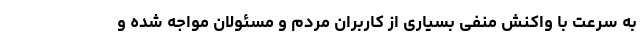
به سرعت با واکنش منفی بسیاری از کاربران مردم و مسئولان مواجه شده و